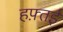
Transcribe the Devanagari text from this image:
हफ़्तई